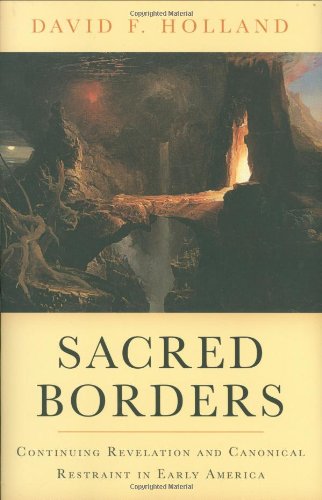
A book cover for Sacred Borders: Continuing Revelation and Canonical Restraint in Early America (Religion in America); David Holland; Christian Books & Bibles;